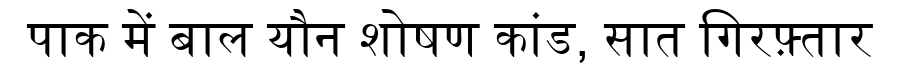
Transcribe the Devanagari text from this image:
पाक में बाल यौन शोषण कांड, सात गिरफ़्तार